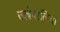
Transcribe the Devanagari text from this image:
उल्लेवालिया